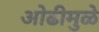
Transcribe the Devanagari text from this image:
ओढीमुळे